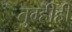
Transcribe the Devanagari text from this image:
तुम्हीही